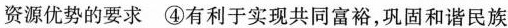
资源优势的要求 ④有利于实现共同富裕，巩固和谐民族